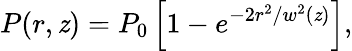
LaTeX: P(r,\mathit{z})=P_{0}\left[1-e^{-2r^{2}/w^{2}(\mathit{z})}\right],